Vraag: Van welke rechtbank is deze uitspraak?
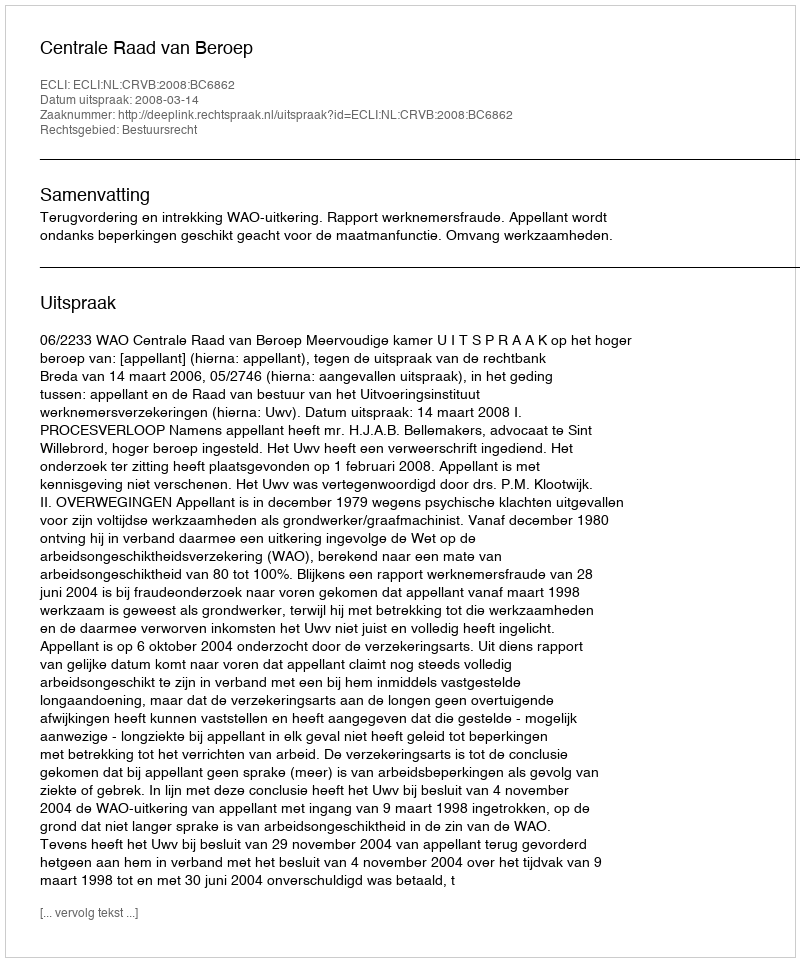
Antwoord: Centrale Raad van Beroep